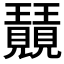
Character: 𭺕